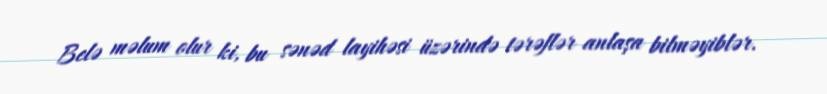
Belə məlum olur ki, bu sənəd layihəsi üzərində tərəflər anlaşa bilməyiblər.